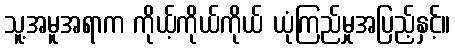
သူ့အမူအရာက ကိုယ့်ကိုယ်ကိုယ် ယုံကြည်မှုအပြည့်နှင့်။